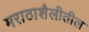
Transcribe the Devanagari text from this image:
मराठाशैलीतील